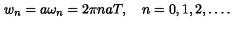
w _ { n } = a \omega _ { n } = 2 \pi n a T , \quad n = 0 , 1 , 2 , \ldots { . }